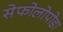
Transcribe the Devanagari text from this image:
सेफोलोपोडा